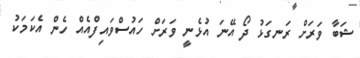
ޝަބާ ވަރަށް ރަނގަޅު ދޯ އޭނަ އުޅެނީ ވަރަށް ހައުސްވައިފްއެއް ހެން އެކަމަކު